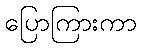
ပြောကြားကာ